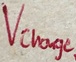
Text: Vcharge